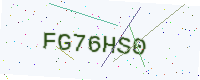
Text: FG76HS0